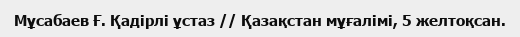
Мұсабаев Ғ. Қадірлі ұстаз // Қазақстан мұғалімі, 5 желтоқсан.